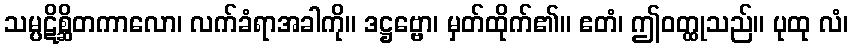
သမ္ပဋိစ္ဆိတကာလော၊ လက်ခံရာအခါကို။ ဒဋ္ဌဗ္ဗော၊ မှတ်ထိုက်၏။ ဧတံ၊ ဤဝတ္ထုသည်။ ပုထု လံ၊